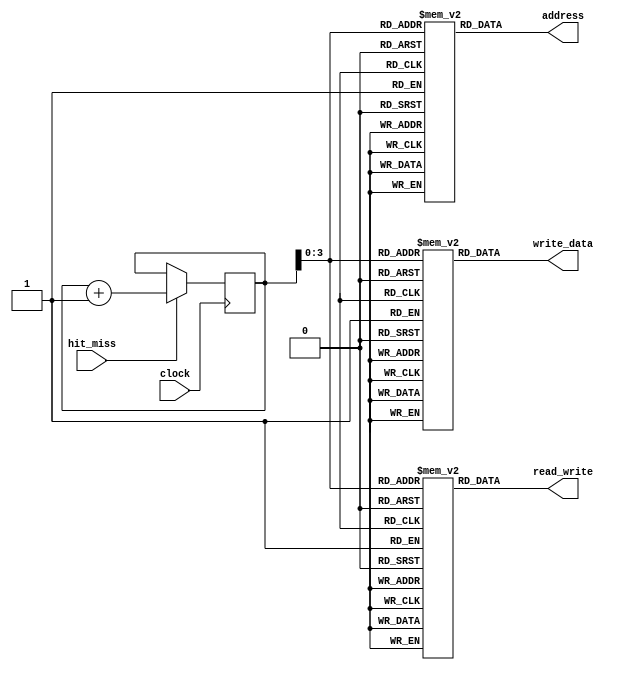
`timescale 1ns / 1ps

module CPU (
    input  hit_miss,
    input  clock,
    output read_write,
    output [13:0] address,
    output [31:0] write_data
);
    parameter  request_total = 12; // change this number to how many requests you want in your testbench
    reg [4:0]  request_num;
    reg        read_write_test[request_total-1:0];
    reg [13:0]  address_test[request_total-1:0];
    reg [31:0] write_data_test[request_total-1:0]; 
    initial begin
        #10 request_num = 0;
        read_write_test[0] = 0; address_test[0] = 14'b00000110101001; write_data_test[0] = 0;
        // read at 106(read byte 1), miss, load from main mem
        read_write_test[1] = 1; address_test[1] = 14'b00000110100001; write_data_test[1] = 32'h000000ac;
        // write at 105(write byte 1), hit
        read_write_test[2] = 1; address_test[2] = 14'b00000110101100; write_data_test[2] = 32'hffffffac;
        // write at 107(write word), hit

        read_write_test[3] = 1; address_test[3] = 14'b00001111100100; write_data_test[3] = 32'hffffffac;
        // read at 01111001(read word), miss, load from main mem


        read_write_test[4] = 0; address_test[4] = 14'b00000111001000; write_data_test[4] = 0;
        // read at 01011001(read word), miss, load from main mem, replace tag(01101)(LRU)

        read_write_test[5] = 0; address_test[5] = 14'b00001010100101; write_data_test[5] = 0;
        // read at 104(read byte 1), miss, load from main mem, replace tag(01111)(LRU)

        read_write_test[6] = 0; address_test[6] = 14'b00000010100101; write_data_test[6] = 0;


        read_write_test[7] = 1; address_test[7] = 14'b00000110100101; write_data_test[7] = 32'haabbccdd;

        read_write_test[8] = 1; address_test[8] = 14'b00010010100100; write_data_test[8] = 32'haabbccdd;

        read_write_test[9] = 1; address_test[9] = 14'b00000010101111; write_data_test[9] = 32'haabbccaa;

        read_write_test[10] = 0; address_test[10] = 14'b00001111001000; write_data_test[10] = 0;

        read_write_test[11] = 0; address_test[11] = 14'b10000111001000; write_data_test[11] = 0;

        
        

        // read_write_test[6] = 1; address_test[6] = 10'b0110100001; write_data_test[6] = 32'haabbccdd;
        // // write at 104, hit, dirty
        // read_write_test[7] = 0; address_test[7] = 10'b1110101001; write_data_test[7] = 0;
        // // read at 11101010, write back, replace

        /* add lines if necessary */
        
        
    end
    always @(posedge clock) begin
        if (hit_miss == 1) request_num = request_num + 1;
        else request_num = request_num;
    end
    assign address      = address_test[request_num];
    assign read_write   = read_write_test[request_num];
    assign write_data   = write_data_test[request_num]; 
endmodule